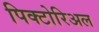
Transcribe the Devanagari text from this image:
पिक्टोरिअल